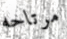
مرتاحه